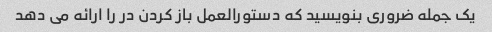
یک جمله ضروری بنویسید که دستورالعمل باز کردن در را ارائه می دهد